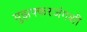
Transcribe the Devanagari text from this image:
मुझफ्फरजंगशी